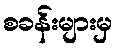
စခန်းများမှ